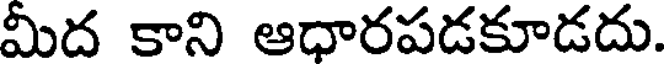
మీద కాని ఆధారపడకూడదు.